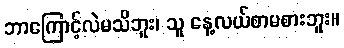
ဘာကြောင့်လဲမသိဘူး၊ သူ နေ့လယ်စာမစားဘူး။